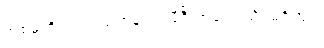
အစ်မတို့ ငယ်ငယ်တုန်းက မီဒီယာတွေ သိပ်မရှိဘူး။